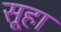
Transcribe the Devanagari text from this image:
सूहा